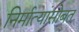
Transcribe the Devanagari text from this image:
निर्मात्यांसोबत